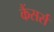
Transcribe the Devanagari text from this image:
कैंसर्स